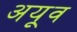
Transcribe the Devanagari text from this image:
अयूव